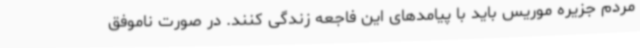
مردم جزیره موریس باید با پیامدهای این فاجعه زندگی کنند. در صورت ناموفق